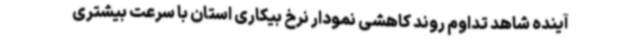
آینده شاهد تداوم روند کاهشی نمودار نرخ بیکاری استان با سرعت بیشتری